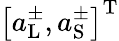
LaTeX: \left[a_{\mathrm{L}}^{\pm},a_{\mathrm{S}}^{\pm}\right]^{\mathrm{T}}